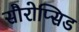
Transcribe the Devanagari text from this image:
सौरोप्सिड